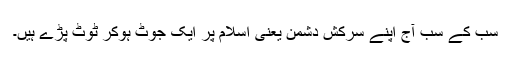
سب کے سب آج اپنے سرکش دشمن یعنی اسلام پر ایک جوٹ ہوکر ٹوٹ پڑے ہیں۔